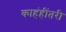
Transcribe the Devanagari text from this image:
काहंहींतरी